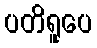
ပတိရူပေ